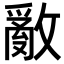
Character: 𢿳